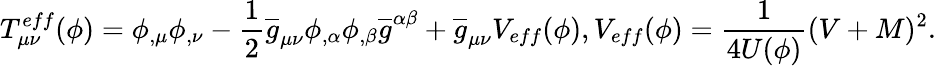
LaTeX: T_{\mu\nu}^{eff}(\phi)=\phi_{,\mu}\phi_{,\nu}-\frac{1}{2}\overline{{{g}}}_{\mu\nu}\phi_{,\alpha}\phi_{,\beta}\overline{{{g}}}^{\alpha\beta}+\overline{{{g}}}_{\mu\nu}V_{eff}(\phi),V_{eff}(\phi)=\frac{1}{4U(\phi)}(V+M)^{2}.